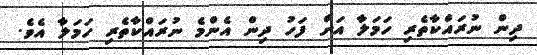
ދިން ނުރައްކާތެރި ހަމަލާ އަށް ފަހު ދިން އެންމެ ނުރައްކާތެރި ހަމަލާ އެވެ.